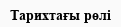
Тарихтағы рөлі